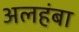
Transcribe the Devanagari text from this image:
अलहंबा